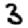
Digit: 3